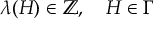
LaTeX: \lambda ( H ) \in \mathbb { Z } , \quad H \in \Gamma